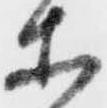
等